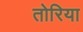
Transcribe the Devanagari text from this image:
तोरिया